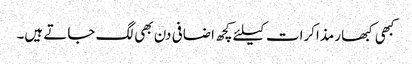
کبھی کبھار مذاکرات کیلئے کچھ اضافی دن بھی لگ جاتے ہیں۔